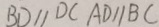
B D / / D C A D / / B C